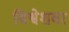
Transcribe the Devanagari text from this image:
विश्वेशवर